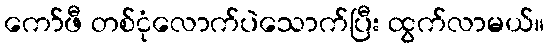
ကော်ဖီ တစ်ငုံလောက်ပဲသောက်ပြီး ထွက်လာမယ်။